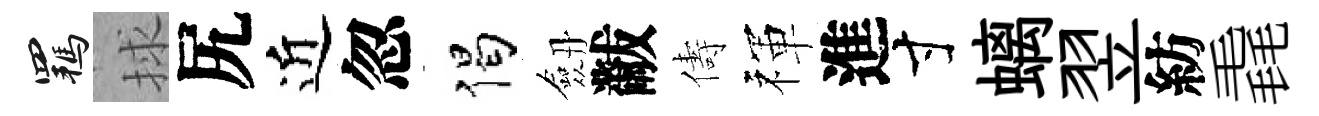
羈捄尻近忽偈劔黻儔禈進寸螭翌紡毳